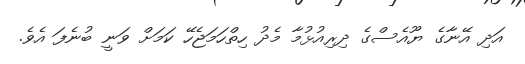
އަދި އޭނާގެ ޔޫއެސްގެ ދިރިއުޅުމާ މެދު ހިތްހަމަޖެހޭ ކަމަށް ވަނީ ބުނެފަ އެވެ.